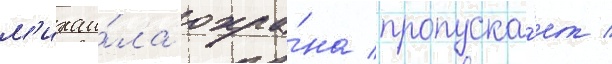
м'ихаи́ла охра́на пропуска́ет /